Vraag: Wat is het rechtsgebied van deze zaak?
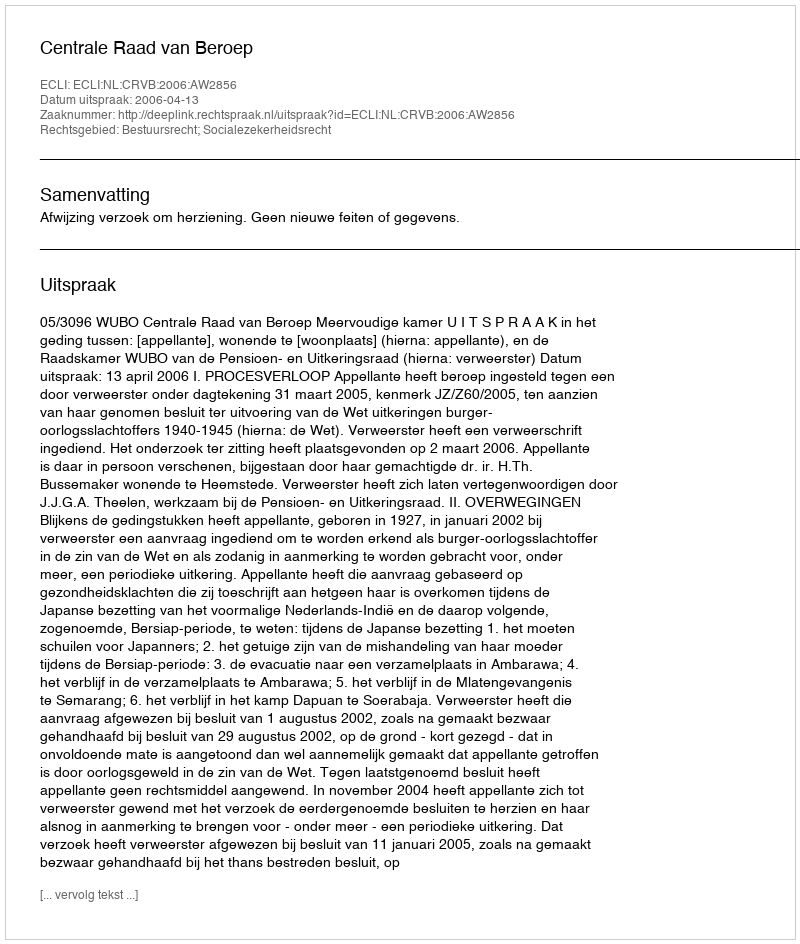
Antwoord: Bestuursrecht; Socialezekerheidsrecht